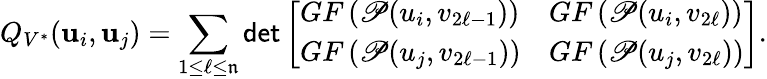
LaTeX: Q_{V^{*}}(\mathbf{u}_{i},\mathbf{u}_{j})=\sum_{1\leq\ell\leq\mathfrak{n}}\mathsf{{det}}\left[\begin{array}{ll}{GF\left(\mathscr{P}(u_{i},v_{2\ell-1})\right)}&{GF\left(\mathscr{P}(u_{i},v_{2\ell})\right)}\\ {GF\left(\mathscr{P}(u_{j},v_{2\ell-1})\right)}&{GF\left(\mathscr{P}(u_{j},v_{2\ell})\right)}\end{array}\right].